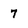
Character: 7